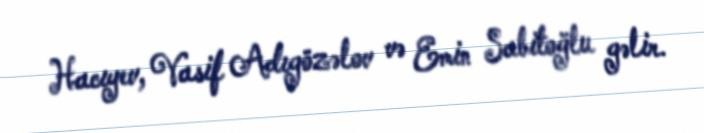
Hacıyev, Vasif Adıgözəlov və Emin Sabitoğlu gəlir.